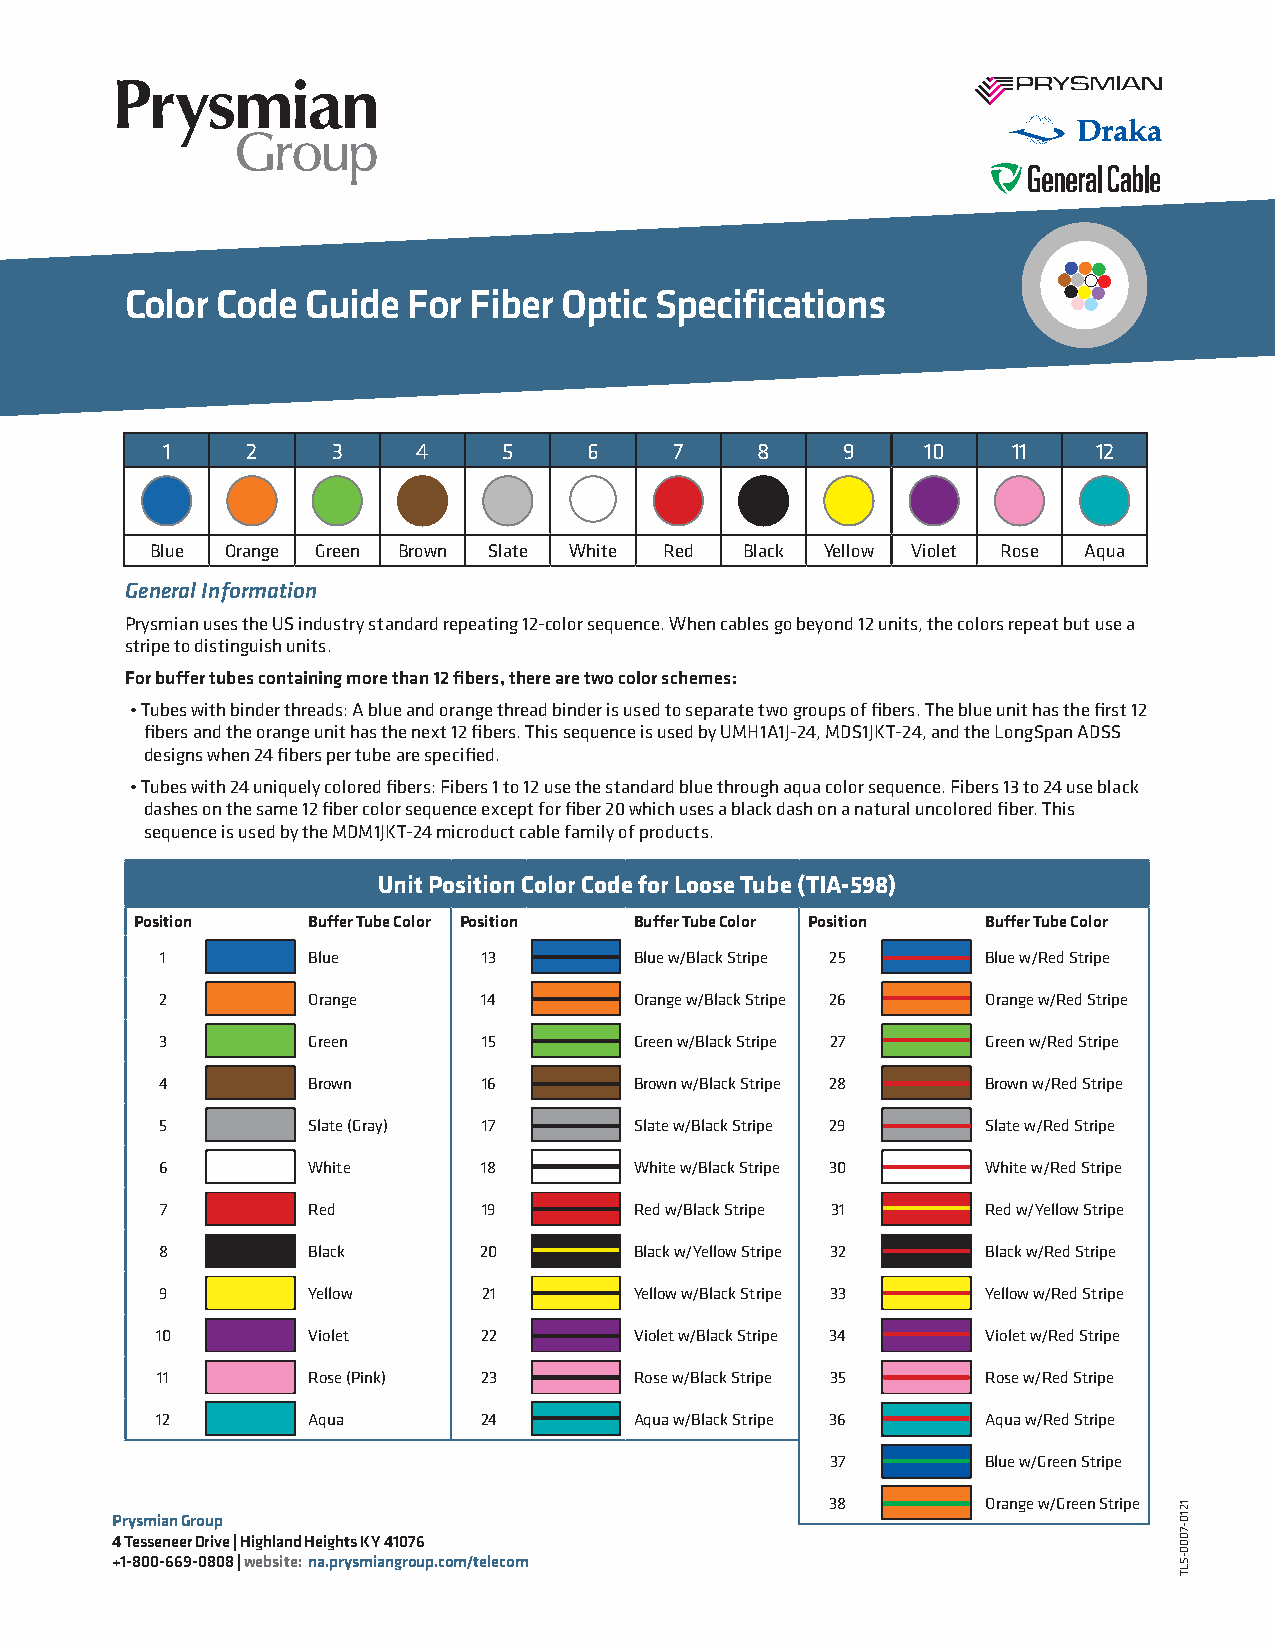
Color Code  Guide  For Fiber Optic Specifications
 1    2     3     4    5     6     7    8     9    10    11    12
 Blue Orange Green Brown Slate White Red Black Yellow Violet Rose Aqua
 General Information
 Prysmian uses the US industry standard repeating 12-color sequence. When cables go beyond 12 units, the colors repeat but use a
 stripe to distinguish units.
 For buffer tubes containing more than 12 fibers, there are two color schemes:
 • Tubes with binder threads: A blue and orange thread binder is used to separate two groups of fibers. The blue unit has the first 12
 fibers and the orange unit has the next 12 fibers. This sequence is used by UMH1A1J-24, MDS1JKT-24, and the LongSpan ADSS
 designs when 24 fibers per tube are specified.
 • Tubes with 24 uniquely colored fibers: Fibers 1 to 12 use the standard blue through aqua color sequence. Fibers 13 to 24 use black
 dashes on the same 12 fiber color sequence except for fiber 20 which uses a black dash on a natural uncolored fiber. This
 sequence is used by the MDM1JKT-24 microduct cable family of products.
 Unit Position Color Code for Loose Tube (TIA-598)
 Position   Buffer Tube Color Position Buffer Tube Color Position Buffer Tube Color
 1        Blue        13        Blue w/Black Stripe 25 Blue w/Red Stripe
 2        Orange      14        Orange w/Black Stripe 26 Orange w/Red Stripe
 3        Green       15        Green w/Black Stripe 27 Green w/Red Stripe
 4        Brown       16        Brown w/Black Stripe 28 Brown w/Red Stripe
 5        Slate (Gray) 17       Slate w/Black Stripe 29 Slate w/Red Stripe
 6        White       18        White w/Black Stripe 30 White w/Red Stripe
 7        Red         19        Red w/Black Stripe 31  Red w/Yellow Stripe
 8        Black       20        Black w/Yellow Stripe 32 Black w/Red Stripe
 9        Yellow      21        Yellow w/Black Stripe 33 Yellow w/Red Stripe
 10        Violet      22        Violet w/Black Stripe 34 Violet w/Red Stripe
 11        Rose (Pink) 23        Rose w/Black Stripe 35 Rose w/Red Stripe
 12        Aqua        24        Aqua w/Black Stripe 36 Aqua w/Red Stripe
 37        Blue w/Green Stripe
 38        Orange w/Green Stripe
 Prysmian Group
 4 Tesseneer Drive | Highland Heights KY 41076
 +1-800-669-0808 | website: na.prysmiangroup.com/telecom
 1210-7000-SLT